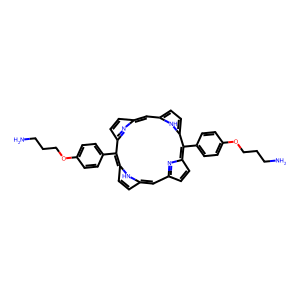
SMILES: NCCCOc1ccc(-c2c3ccc(cc4ccc([nH]4)c(-c4ccc(OCCCN)cc4)c4ccc(cc5ccc2[nH]5)n4)n3)cc1
Inhibits HIV replication: No